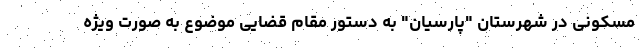
مسکونی در شهرستان "پارسیان" به دستور مقام قضایی موضوع به صورت ویژه